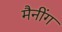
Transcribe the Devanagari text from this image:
मैनींग